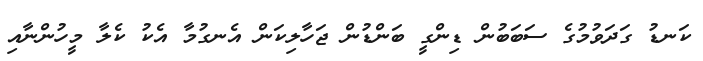
ކަނޑު ގަދަވުމުގެ ސަބަބުން ޑިންގީ ބަންޑުން ޖަހާލިކަން އެނގުމާ އެކު ކެލާ މީހުންނާއި